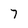
Character: 7